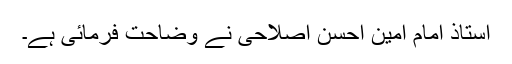
استاذ امام امین احسن اصلاحی نے وضاحت فرمائی ہے۔